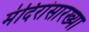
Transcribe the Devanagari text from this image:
मंदिरांसारख्या